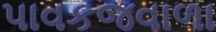
પાવકજવાળા